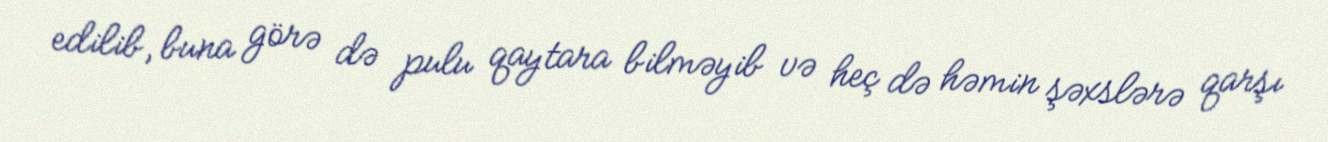
edilib, buna görə də pulu qaytara bilməyib və heç də həmin şəxslərə qarşı